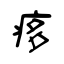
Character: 痑